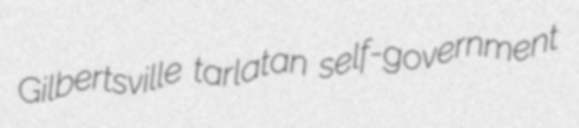
Gilbertsville tarlatan self-government